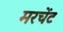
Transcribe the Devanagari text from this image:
मरचेंट